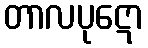
တာလပုဋော